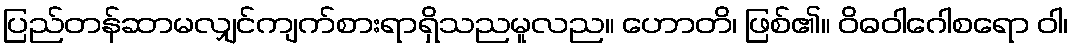
ပြည်တန်ဆာမလျှင်ကျက်စားရာရှိသညမူလည။ ဟောတိ၊ ဖြစ်၏။ ဝိဓဝါဂေါစရော ဝါ၊